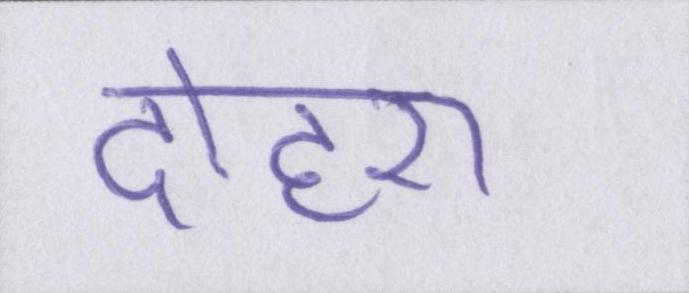
दोहरा